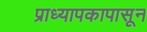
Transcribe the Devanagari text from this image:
प्राध्यापकापासून